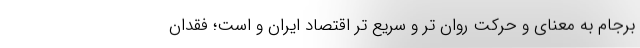
برجام به معنای و حرکت روان تر و سریع تر اقتصاد ایران و است؛ فقدان